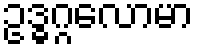
ဥဒ္ဓဂ္ဂလောမာ